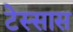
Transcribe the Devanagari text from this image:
टेस्सास